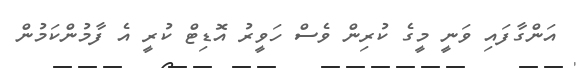
އަންގާފައި ވަނީ މީގެ ކުރިން ވެސް ހަވީރު އޮޑިޓް ކުރީ އެ ފާމުންކަމުން